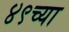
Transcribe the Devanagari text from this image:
४९च्या